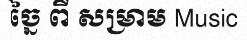
ច្នៃ ពី សម្រាម Music